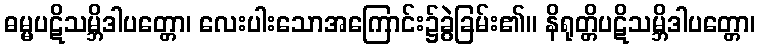
ဓမ္မပဋိသမ္ဘိဒါပတ္တော၊ လေးပါးသောအကြောင်း၌ခွဲခြမ်း၏။ နိရုတ္တိပဋိသမ္ဘိဒါပတ္တော၊